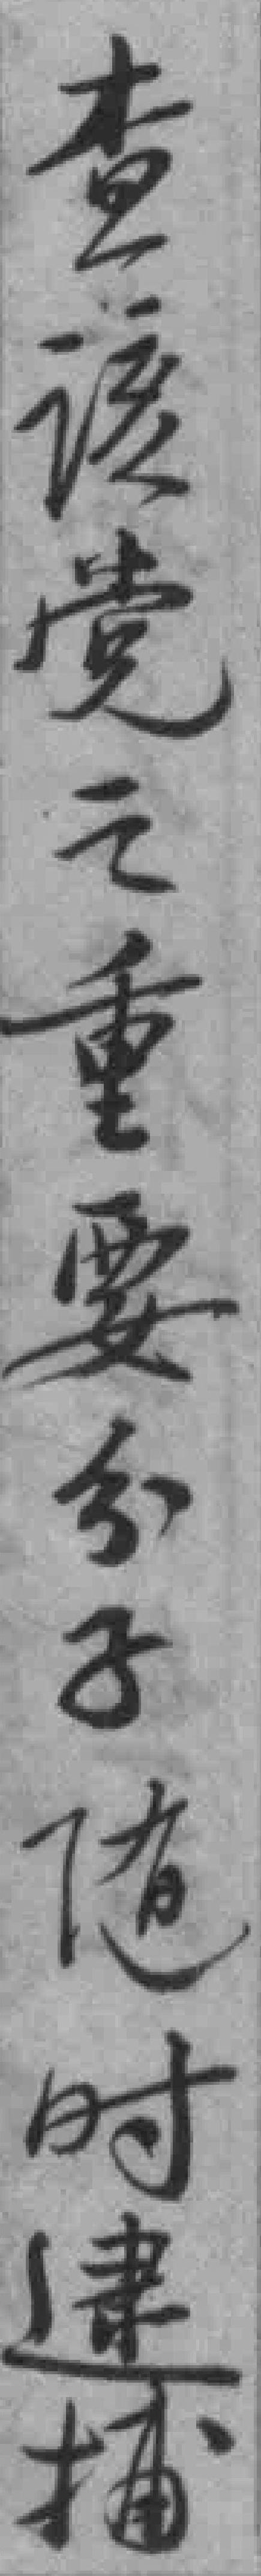
查该党之重要分子随时逮捕